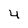
Character: 4